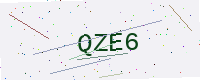
Text: QZE6